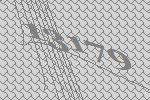
13179